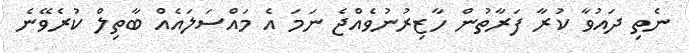
ނެތި ދައުވާ ކުރާ ފަރާތުން ހާޒިރުނުވެއްޖެ ނަމަ އެ މައްސަލައެއް ބާތިލް ކުރެވޭނެ